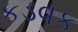
કડવક